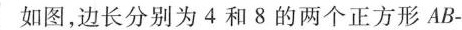
11如图，边长分别为4和8的两个正方形AB-